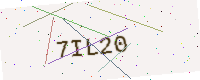
Text: 7IL20